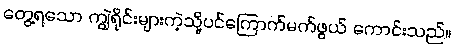
တွေ့ရသော ကျွဲရိုင်းများကဲ့သို့ပင်ကြောက်မက်ဖွယ် ကောင်းသည်။